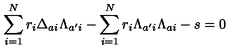
\sum _ { i = 1 } ^ { N } r _ { i } \Delta _ { a i } \Lambda _ { a ^ { \prime } i } - \sum _ { i = 1 } ^ { N } r _ { i } \Lambda _ { a ^ { \prime } i } \Lambda _ { a i } - s = 0